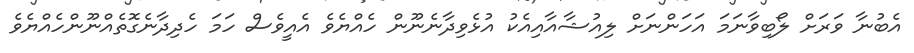
އެބުނާ ވަރަށް ލޯބިވާނަމަ އަހަންނަށް ލިއުޝާއާއިއެކު އުޅެވިދާނެނޫން ހެއްޔެވެ އެއީވެސް ހަމަ ހެދިދާނެގޮތެއްނޫންހެއްޔެވެ